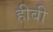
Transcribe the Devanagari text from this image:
हीबी